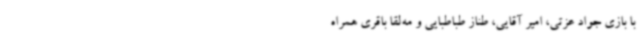
با بازی جواد عزتی، امیر آقایی، طناز طباطبایی و مه‌لقا باقری همراه